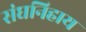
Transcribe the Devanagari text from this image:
संघनिहाय